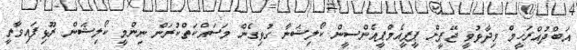
އަބްދުއްްރަހީމް ވިދާޅުވީ ޖޭޕީން ޕީޕީއެމްޕީއެންސީން ކޯލިޝަނާ ގުޅިގެން މަސައްކަތްކުރަން ނިންމީ ކޯލިޝަން ރޫޅިފައިވާތީ